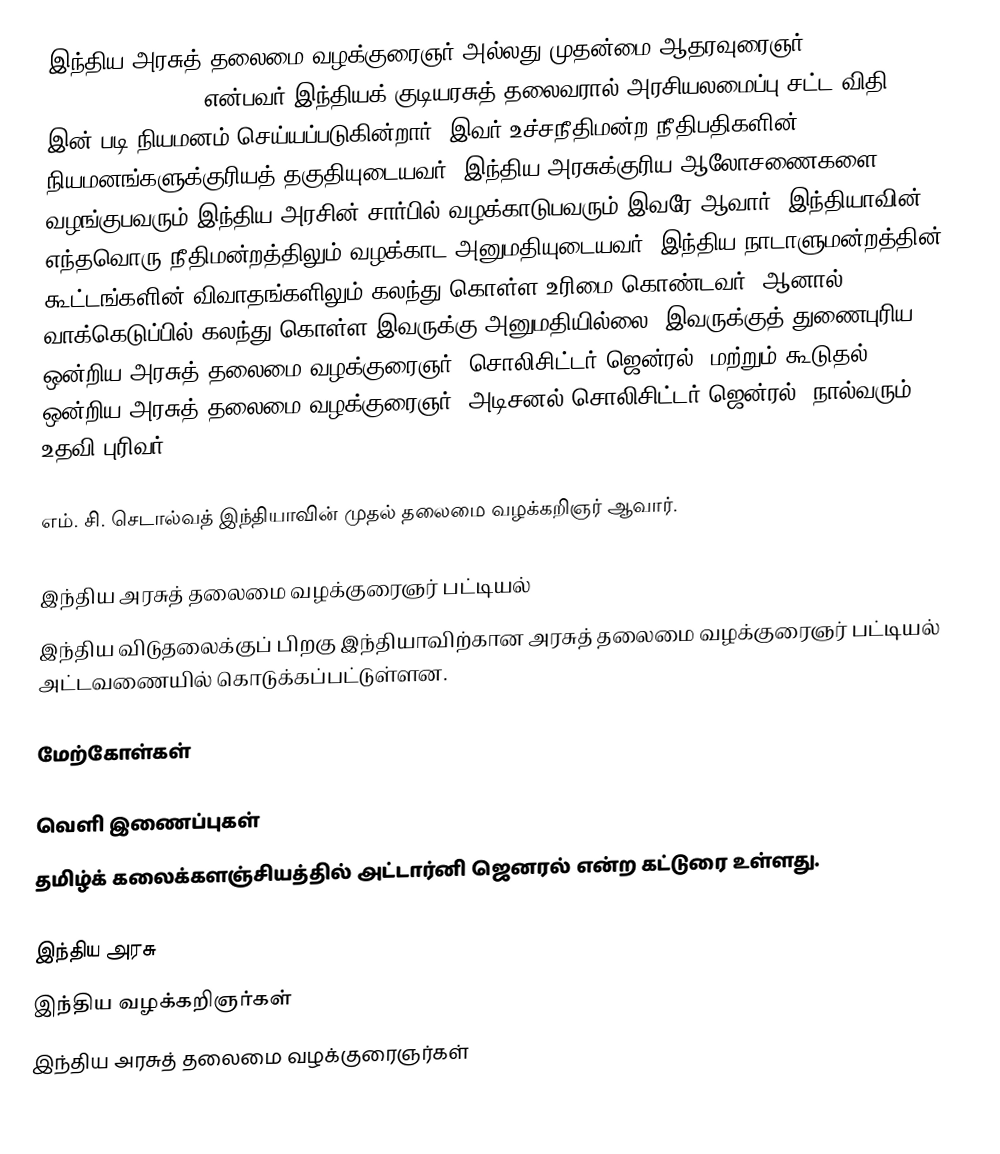
இந்திய அரசுத் தலைமை வழக்குரைஞர் அல்லது முதன்மை ஆதரவுரைஞர் (Attorney General of India) என்பவர் இந்தியக் குடியரசுத் தலைவரால் அரசியலமைப்பு சட்ட விதி 76 இன் படி நியமனம் செய்யப்படுகின்றார். இவர் உச்சநீதிமன்ற நீதிபதிகளின் நியமனங்களுக்குரியத் தகுதியுடையவர். இந்திய அரசுக்குரிய ஆலோசணைகளை வழங்குபவரும் இந்திய அரசின் சார்பில் வழக்காடுபவரும் இவரே ஆவார். இந்தியாவின் எந்தவொரு நீதிமன்றத்திலும் வழக்காட அனுமதியுடையவர். இந்திய நாடாளுமன்றத்தின் கூட்டங்களின் விவாதங்களிலும் கலந்து கொள்ள உரிமை கொண்டவர். ஆனால் வாக்கெடுப்பில் கலந்து கொள்ள இவருக்கு அனுமதியில்லை. இவருக்குத் துணைபுரிய ஒன்றிய அரசுத் தலைமை வழக்குரைஞர் (சொலிசிட்டர் ஜென்ரல்) மற்றும் கூடுதல் ஒன்றிய அரசுத் தலைமை வழக்குரைஞர் (அடிசனல் சொலிசிட்டர் ஜென்ரல்) நால்வரும் உதவி புரிவர்.

எம். சி. செடால்வத் இந்தியாவின் முதல் தலைமை வழக்கறிஞர் ஆவார்.

இந்திய அரசுத் தலைமை வழக்குரைஞர் பட்டியல்
இந்திய விடுதலைக்குப் பிறகு இந்தியாவிற்கான அரசுத் தலைமை வழக்குரைஞர் பட்டியல் அட்டவணையில் கொடுக்கப்பட்டுள்ளன.

மேற்கோள்கள்

வெளி இணைப்புகள்
 தமிழ்க் கலைக்களஞ்சியத்தில் அட்டார்னி ஜெனரல் என்ற கட்டுரை உள்ளது.

இந்திய அரசு
இந்திய வழக்கறிஞர்கள்
இந்திய அரசுத் தலைமை வழக்குரைஞர்கள்